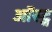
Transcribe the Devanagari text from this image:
ऑस्ट्न